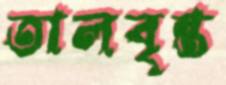
তালবৃন্ত